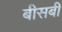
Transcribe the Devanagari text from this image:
बीसबीं